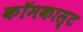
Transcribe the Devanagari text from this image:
कॉमकास्‍ट